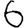
Digit: 6